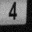
Digit: 4